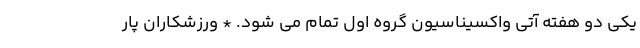
یکی دو هفته آتی واکسیناسیون گروه اول تمام می شود. * ورزشکاران پار